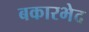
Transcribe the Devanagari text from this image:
बकारभेद